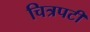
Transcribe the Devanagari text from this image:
चित्रपटी